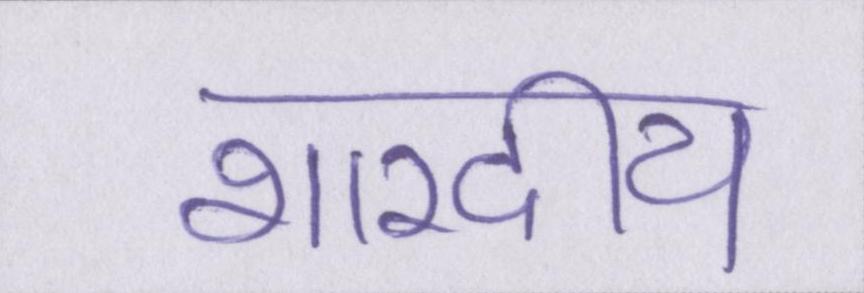
शारदीय